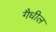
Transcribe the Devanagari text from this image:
गैधील